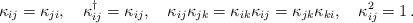
\begin{align*}\kappa_{ij}= \kappa_{ji},\quad \kappa_{ij}^\dagger= \kappa_{ij},\quad \kappa_{ij} \kappa_{jk}= \kappa_{ik} \kappa_{ij}= \kappa_{jk}\kappa_{ki},\quad \kappa_{ij}^2=1\, .\end{align*}